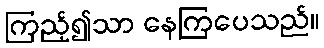
ကြည့်၍သာ နေကြပေသည်။